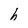
Character: h